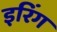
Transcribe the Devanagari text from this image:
इरिंग